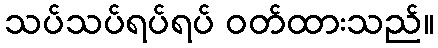
သပ်သပ်ရပ်ရပ် ဝတ်ထားသည်။